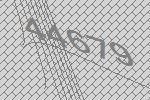
44679